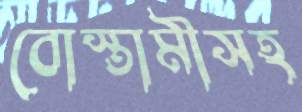
বোস্তামীসহ